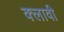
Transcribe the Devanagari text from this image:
क्लावी